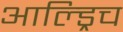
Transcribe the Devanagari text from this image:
आल्ड्रिच